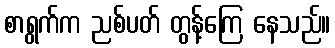
စာရွက်က ညစ်ပတ် တွန့်ကြေ နေသည်။